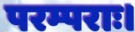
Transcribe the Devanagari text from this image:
परम्पराः।